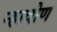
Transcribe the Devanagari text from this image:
न्हावीण